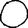
Digit: 0